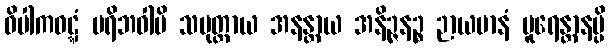
ဝိပါကဝဋ္ဋံ ပရိဘဝါမိ သပုတ္တာယ အနန္တာယ အနိဉ္ဇနဉ္စ ဉာယမာနံ ပူရေန္တာနမ္ပိ